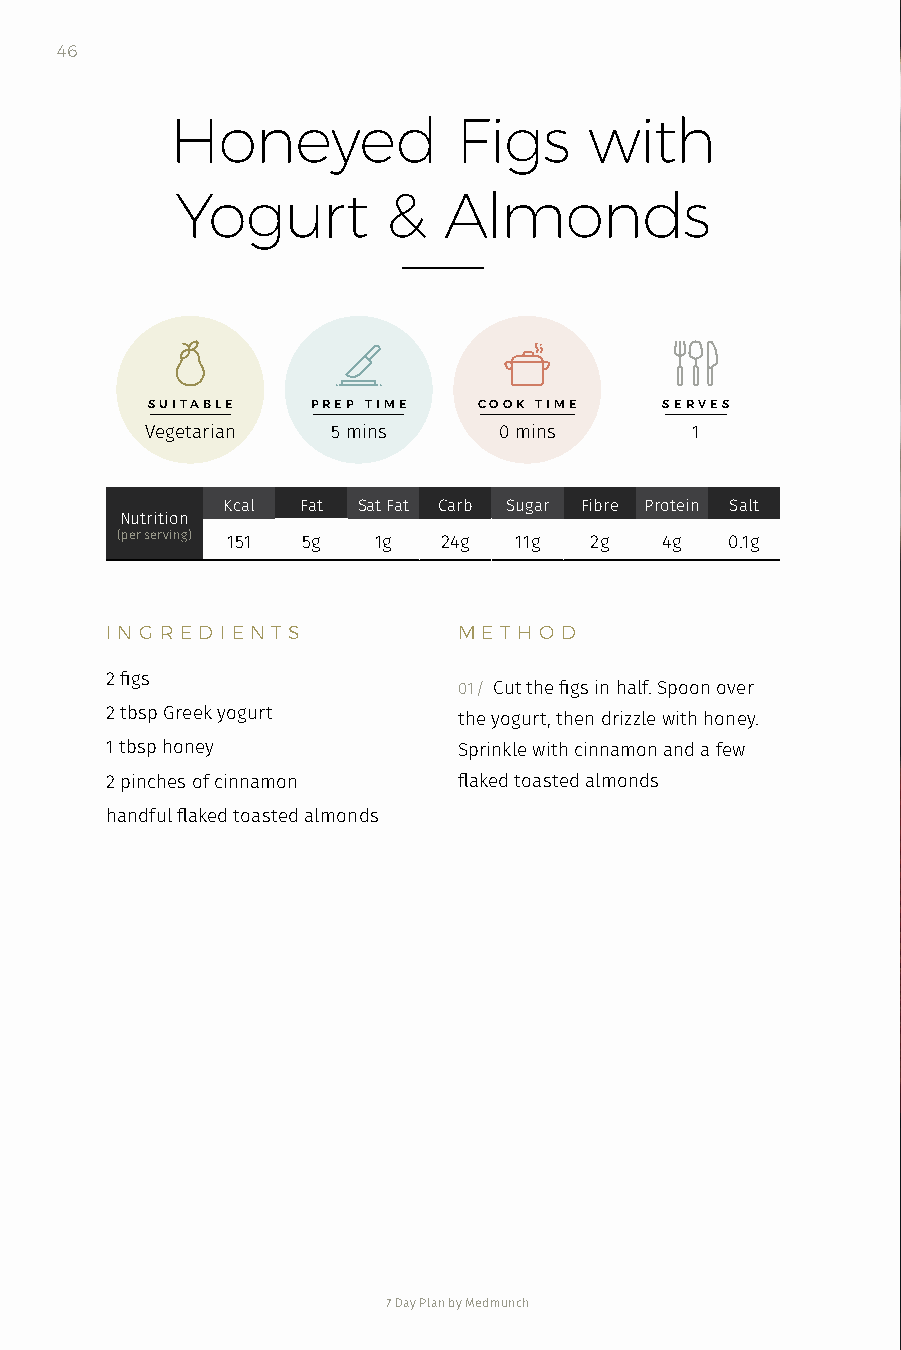
46
 Honeyed            Figs     with
 Yogurt        &  Almonds
 SUITABLE   PREP TIME  COOK TIME   SERVES
 Vegetarian  5 mins     0 mins       1
 Kcal Fat Sat Fat Carb Sugar Fibre Protein Salt
 Nutrition
 (per serving) 151 5g 1g 24g 11g 2g  4g  0.1g
 I N G R ED I EN T S    M E T H O D
 2 figs
 01 / Cut the figs in half. Spoon over
 2 tbsp Greek yogurt    the yogurt, then drizzle with honey.
 1 tbsp honey           Sprinkle with cinnamon and a few
 2 pinches of cinnamon  flaked toasted almonds
 handful flaked toasted almonds
 7 Day Plan by Medmunch